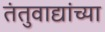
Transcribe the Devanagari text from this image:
तंतुवाद्यांच्या